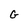
Character: G